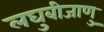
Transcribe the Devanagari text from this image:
लघुबीजाणु